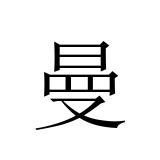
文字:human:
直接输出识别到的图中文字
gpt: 曼